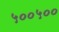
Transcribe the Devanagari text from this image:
५००५००